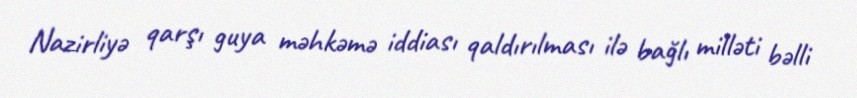
Nazirliyə qarşı guya məhkəmə iddiası qaldırılması ilə bağlı milləti bəlli